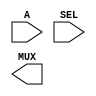
////////////////////////////////////////////////////////////////////////////////
//
//       This confidential and proprietary software may be used only
//     as authorized by a licensing agreement from Synopsys Inc.
//     In the event of publication, the following notice is applicable:
//
//                    (C) COPYRIGHT 1994 - 2018 SYNOPSYS INC.
//                           ALL RIGHTS RESERVED
//
//       The entire notice above must be reproduced on all authorized
//     copies.
//
//
// VERSION:   Verilog Simulation Model
//
// DesignWare_version: 05b2ce78
// DesignWare_release: O-2018.06-DWBB_201806.3
//
////////////////////////////////////////////////////////////////////////////////
//-----------------------------------------------------------------------------------
//
// ABSTRACT:  Universal Multiplexer
//
//-------------------------------------------------------------------------------
//
//      WSFDB revision control info
//		@(#)DW01_mux_any.v	1.4
// MODIFIED: 
//
//           RPH        07/17/2002 
//                      Rewrote to comply with the new guidelines   
//-------------------------------------------------------------------------------
module DW01_mux_any(A,SEL,MUX);
   
   parameter	integer A_width = 8;
   parameter 	integer SEL_width = 2;
   parameter 	integer MUX_width = 2;
   parameter 	integer bal_str   = 0;
   
   input [A_width-1:0] A;
   input [SEL_width-1:0] SEL;

   output [MUX_width-1:0] MUX;

   // synopsys translate_off
     
   //-------------------------------------------------------------------------
   // Parameter legality check
   //-------------------------------------------------------------------------
    
 
  initial begin : parameter_check
    integer param_err_flg;

    param_err_flg = 0;
    
    
    if (A_width < 1) begin
      param_err_flg = 1;
      $display(
	"ERROR: %m :\n  Invalid value (%d) for parameter A_width (lower bound: 1)",
	A_width );
    end
    
    if (SEL_width < 1) begin
      param_err_flg = 1;
      $display(
	"ERROR: %m :\n  Invalid value (%d) for parameter SEL_width (lower bound: 1)",
	SEL_width );
    end
    
    if (MUX_width < 1) begin
      param_err_flg = 1;
      $display(
	"ERROR: %m :\n  Invalid value (%d) for parameter MUX_width (lower bound: 1)",
	MUX_width );
    end
    
    if ( (bal_str < 0) || (bal_str > 1) ) begin
      param_err_flg = 1;
      $display(
	"ERROR: %m :\n  Invalid value (%d) for parameter bal_str (legal range: 0 to 1)",
	bal_str );
    end
    
    if ( param_err_flg == 1) begin
      $display(
        "%m :\n  Simulation aborted due to invalid parameter value(s)");
      $finish;
    end

  end // parameter_check 

       
       function [MUX_width-1:0] DWF_mux;
	  input [A_width-1:0] a;
	  input [SEL_width-1:0] sel;

	  integer 		i,j;
	  reg [MUX_width-1:0] 	mux;
	  begin
	     for(i = 0;i < MUX_width;i = i+1) begin
		j = sel*MUX_width + i;
		if(j > A_width-1)
		   mux[i] = 1'b0;
		else
		   mux[i] = a[j];
	     end
	     DWF_mux = mux;
	  end
       endfunction

   assign  MUX[MUX_width-1:0] =  ((^(SEL ^ SEL) !== 1'b0)) ? {MUX_width{1'bx}} :
                              DWF_mux(A,SEL);
 
 // synopsys translate_on

endmodule